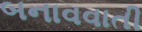
બનાવવાતી